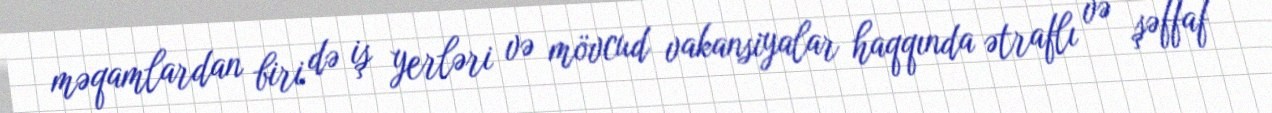
məqamlardan biri də iş yerləri və mövcud vakansiyalar haqqında ətraflı və şəffaf